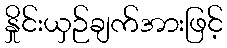
နှိုင်းယှဉ်ချက်အားဖြင့်